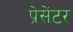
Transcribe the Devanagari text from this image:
प्रेसेंटर